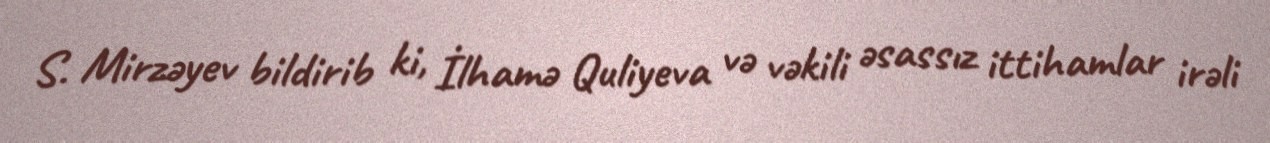
S. Mirzəyev bildirib ki, İlhamə Quliyeva və vəkili əsassız ittihamlar irəli